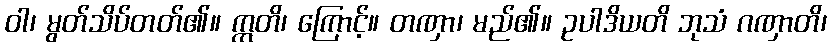
ဝါ၊ မွတ်သိပ်တတ်၏။ ဣတိ၊ ကြောင့်။ တဏှာ၊ မည်၏။ ဥပါဒိယတိ ဘုသံ ဂဏှာတိ၊